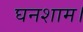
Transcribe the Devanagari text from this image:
घनशाम।